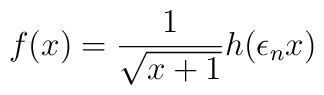
f(x) = \frac{1}{\sqrt{x + 1}}h(\epsilon_{n}x)